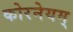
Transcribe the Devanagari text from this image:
कोरनेयम्